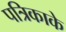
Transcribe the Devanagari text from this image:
पत्रिकाके